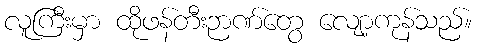
လူကြီးမှာ ထိုဖန်တီးဉာဏ်တွေ လျော့ကုန်သည်။